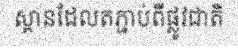
ស្ពានដែលតភ្ជាប់ពីផ្លូវជាតិ